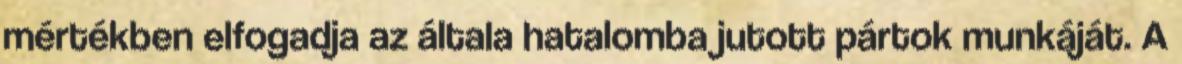
mértékben elfogadja az általa hatalomba jutott pártok munkáját. A